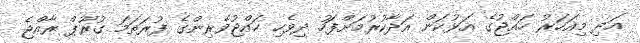
އަދި މިއަހަރު ހައްޖުގެ އަޅުކަން އަދާކުރުމަށްފަހު ދިވެހި ހައްޖުވެރިންގެ ފުރަތަމަ ގުރޫޕް ރާއްޖެ